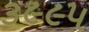
૩૯૯૫